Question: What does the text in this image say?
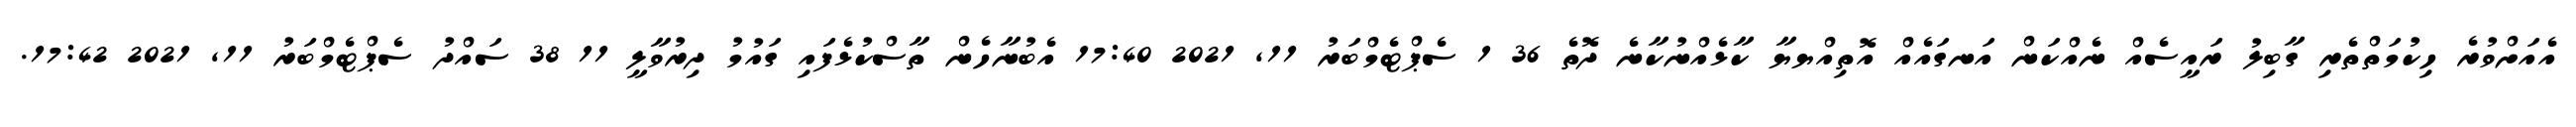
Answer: އެއަށްވުރެ ހިކުމަތްތެރި ގާބިލު ރައީސެއް ނެއްކަން އަނގައެއް އޮތިއްޔޔާ ކާޅެއްނުކާނެ ދޮތެ 36 1 ސެޕްޓެމްބަރު 11, 2021 17:40 އެބުނާހެން ތާސްކުޅެފައި ގައުމު ދިރުވާލީ 11 38 ސައްދު ސެޕްޓެމްބަރު 11, 2021 17:42.